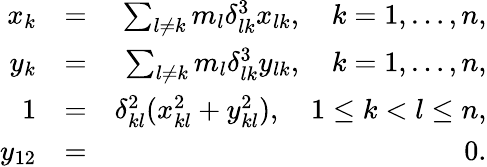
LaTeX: \begin{array}{rlr}{x_{k}}&{=}&{\sum_{l\neq k}m_{l}\delta_{lk}^{3}x_{lk},\quad k=1,\ldots,n,}\\ {y_{k}}&{=}&{\sum_{l\neq k}m_{l}\delta_{lk}^{3}y_{lk},\quad k=1,\ldots,n,}\\ {1}&{=}&{\delta_{kl}^{2}(x_{kl}^{2}+y_{kl}^{2}),\quad 1\leq k<l\leq n,}\\ {y_{12}}&{=}&{0.}\end{array}